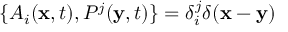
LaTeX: \{ A _ { i } ( { \bf x } , t ) , P ^ { j } ( { \bf y } , t ) \} = \delta _ { i } ^ { j } \delta ( { \bf x } - { \bf y } )